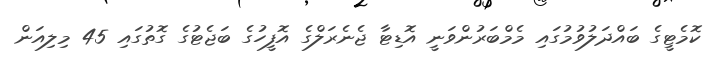
ކޮމެޓީގެ ބައްދަލުވުމުގައި މެމްބަރުންވަނީ އޮޑިޓާ ޖެނެރަލްގެ އޮފީހުގެ ބަޖެޓުގެ ގޮތުގައި 45 މިލިއަން